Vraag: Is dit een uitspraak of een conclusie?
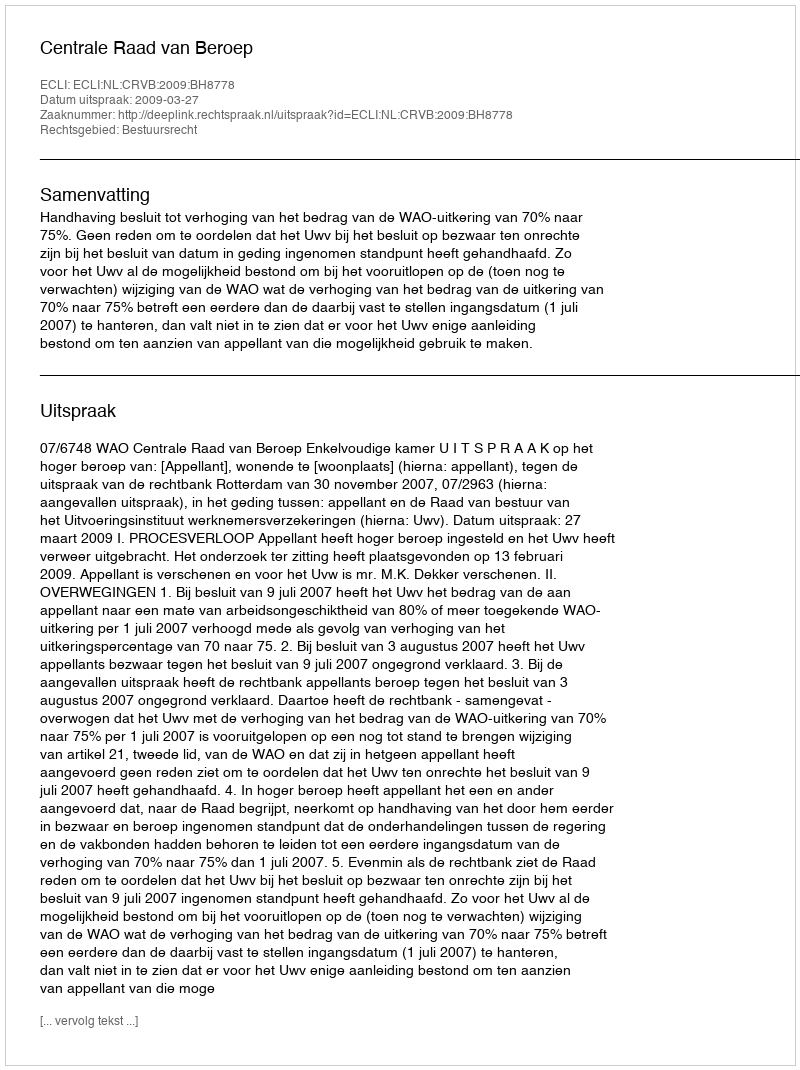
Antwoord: Uitspraak